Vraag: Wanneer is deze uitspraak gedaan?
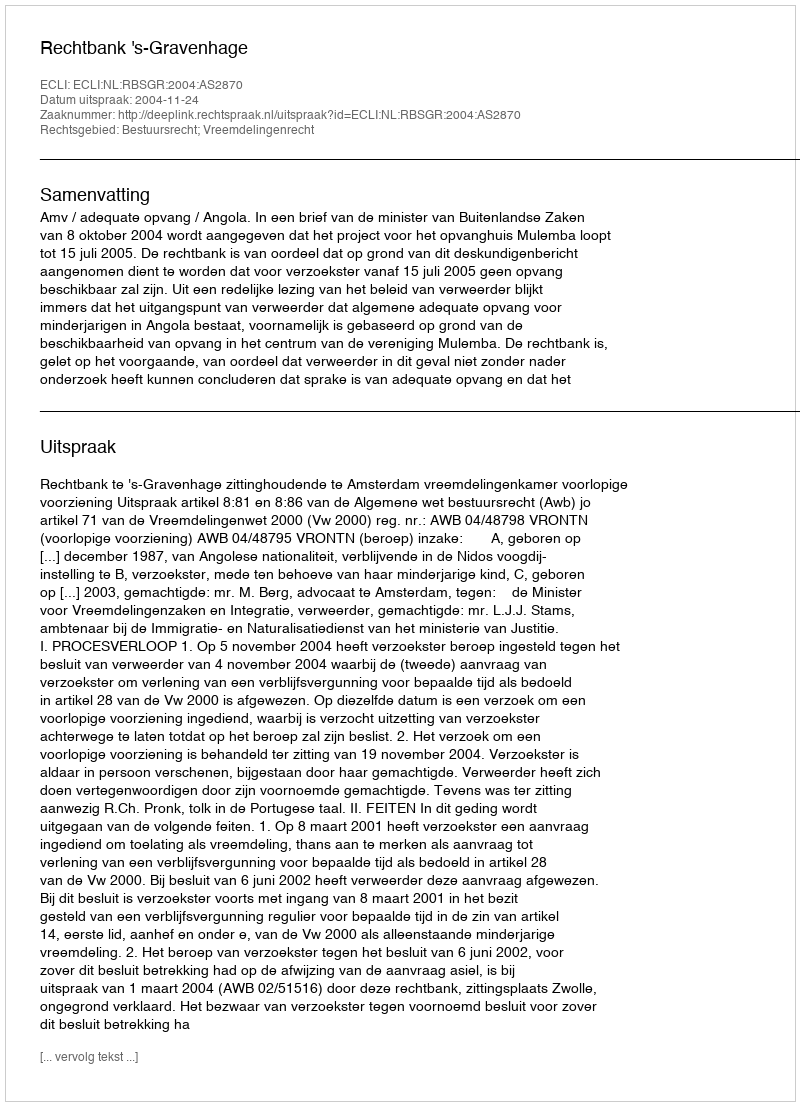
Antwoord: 2004-11-24